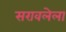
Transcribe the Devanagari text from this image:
सरावलेला